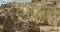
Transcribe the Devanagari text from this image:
वाॅर्मिंग